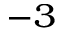
^ { - 3 }